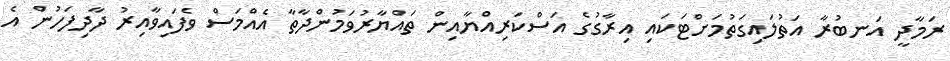
ރަމާދީ އަނބުރާ އަތުލައިގަތުމަށްޓަކައި އިރާގުގެ އަސްކަރިއްޔާއިން ތައްޔާރުވަމުންދާތާ އެއްމަސް ވެފައިވާއިރު ދާދިފަހުން އެ